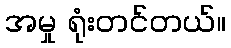
အမှု ရုံးတင်တယ်။